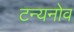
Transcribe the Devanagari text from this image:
टन्यनोव